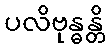
ပလိဗုန္ဓန္တိ